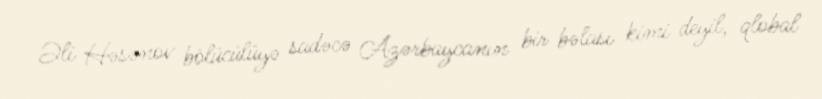
Əli Həsənov bölücülüyə sadəcə Azərbaycanın bir bəlası kimi deyil, qlobal